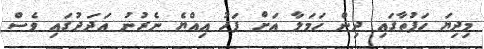
މިދިޔަ ހަފުތާގައި ދިން ހަމަލާ އަށް ފަހު އިއްޔެ ނެރުނު އަދަދުގައި ވެސް